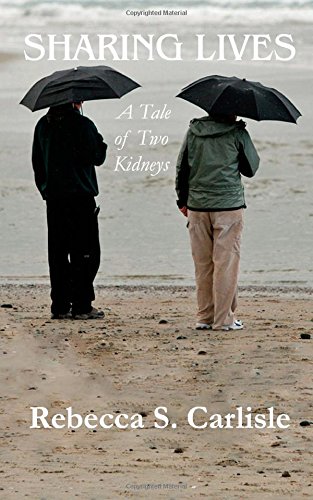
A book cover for Sharing Lives: A Tale of Two Kidneys; Rebecca S. Carlisle; Health, Fitness & Dieting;